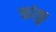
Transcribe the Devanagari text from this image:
कांकु